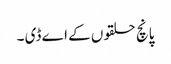
پانچ حلقوں کے اے ڈی ۔